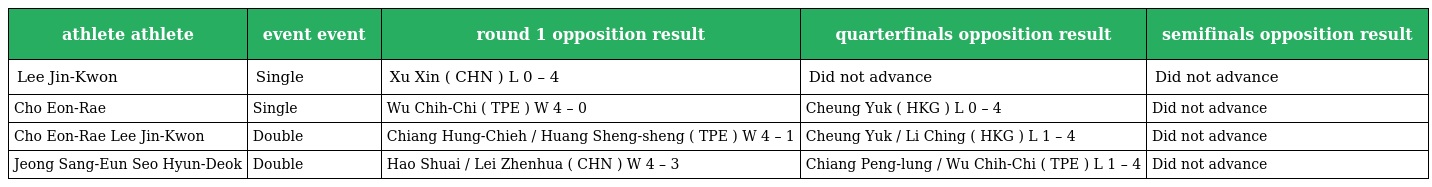
| athlete athlete | event event | round 1 opposition result | quarterfinals opposition result | semifinals opposition result |
 | --- | --- | --- | --- | --- |
 | Lee Jin-Kwon | Single | Xu Xin ( CHN ) L 0 – 4 | Did not advance | Did not advance |
 | Cho Eon-Rae | Single | Wu Chih-Chi ( TPE ) W 4 – 0 | Cheung Yuk ( HKG ) L 0 – 4 | Did not advance |
 | Cho Eon-Rae Lee Jin-Kwon | Double | Chiang Hung-Chieh / Huang Sheng-sheng ( TPE ) W 4 – 1 | Cheung Yuk / Li Ching ( HKG ) L 1 – 4 | Did not advance |
 | Jeong Sang-Eun Seo Hyun-Deok | Double | Hao Shuai / Lei Zhenhua ( CHN ) W 4 – 3 | Chiang Peng-lung / Wu Chih-Chi ( TPE ) L 1 – 4 | Did not advance |